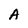
Character: A